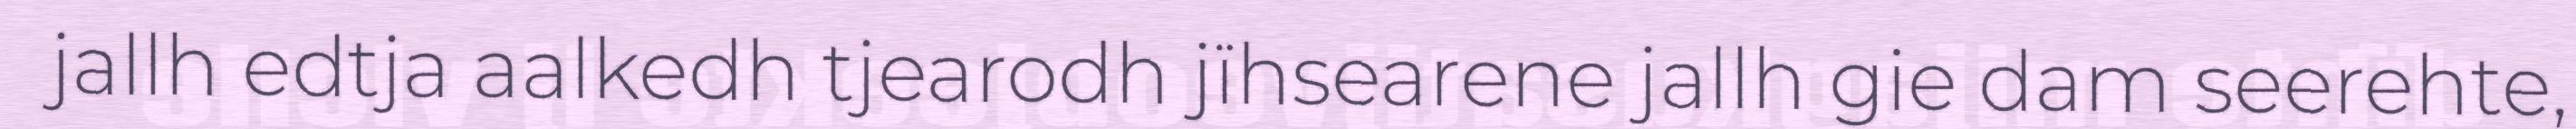
jallh edtja aalkedh tjearodh jïhsearene jallh gie dam seerehte,